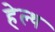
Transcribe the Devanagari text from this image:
हे़ल्थ